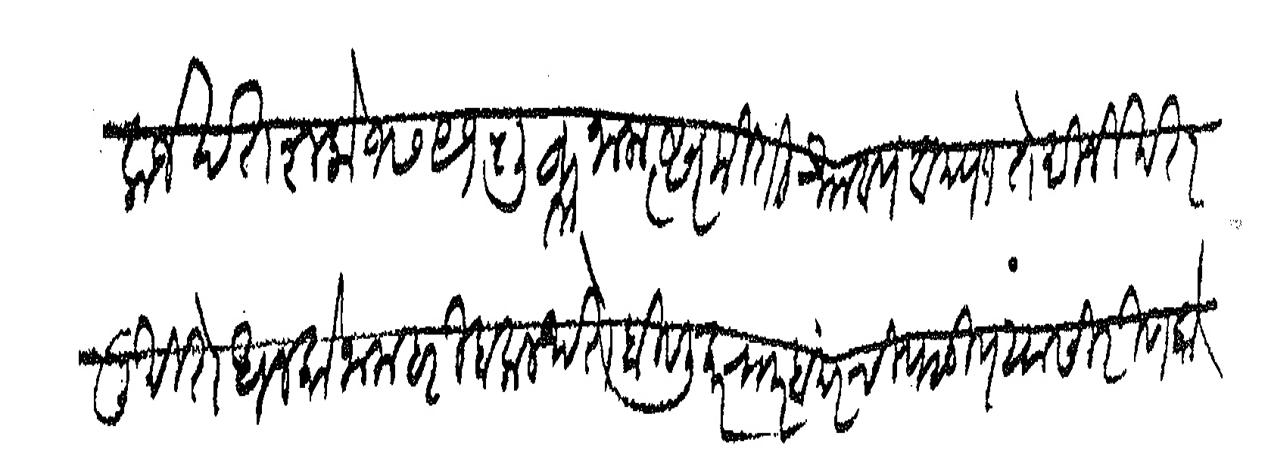
Transliteration (Devanagari): कर्जखत शके १७९१ शुक्लनाम त्सर मिती श्रावण वद्य १ ते दिनी खत लिखिते धनको नाम हरी बलाल थते बिवलीकर रा।र बंदर चिपळूण यासी रिणको